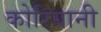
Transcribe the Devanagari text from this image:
कोरियानी